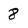
Character: 8